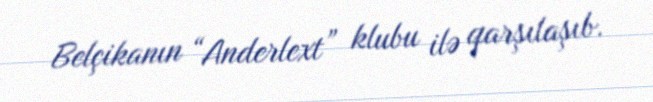
Belçikanın “Anderlext” klubu ilə qarşılaşıb.